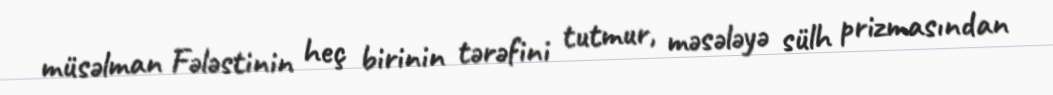
müsəlman Fələstinin heç birinin tərəfini tutmur, məsələyə sülh prizmasından